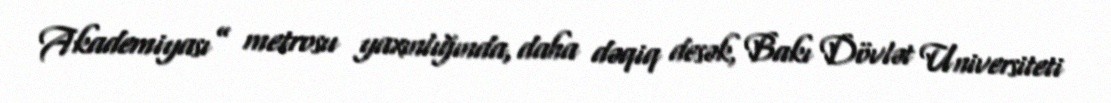
Akademiyası” metrosu yaxınlığında, daha dəqiq desək, Bakı Dövlət Universiteti